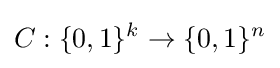
C:\{0,1\}^{k}\to \{0,1\}^{n}